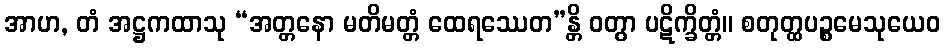
အာဟ, တံ အဋ္ဌကထာသု “အတ္တနော မတိမတ္တံ ထေရဿေတ”န္တိ ဝတွာ ပဋိက္ခိတ္တံ။ စတုတ္ထပဉ္စမေသုယေဝ